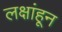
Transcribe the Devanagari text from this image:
लक्षांहून